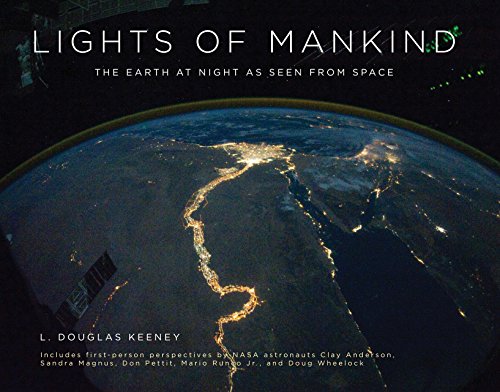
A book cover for Lights of Mankind: The Earth at Night as Seen from Space; L. Douglas Keeney; Arts & Photography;